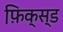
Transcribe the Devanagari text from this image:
फ़ि़क्स्ड